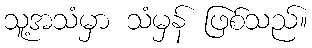
သူ့အသံမှာ သံမှန် ဖြစ်သည်။